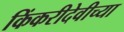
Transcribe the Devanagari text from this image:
किंकरीदेवीच्या